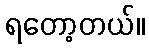
ရတော့တယ်။